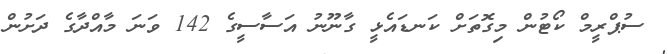
ސުޕްރީމް ކޯޓުން މިގޮތަށް ކަނޑައެޅީ ގާނޫނު އަސާސީގެ 142 ވަނަ މާއްދާގެ ދަށުން